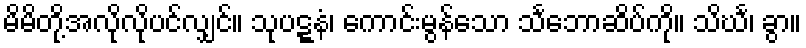
မိမိတို့အလိုလိုပင်လျှင်။ သုပဋ္ဋနံ၊ ကောင်းမွန်သော သင်္ဘောဆိပ်ကို။ သိင်္ဃ၊ ခွာ။